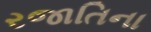
રજાતિના